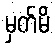
မှတ်မိ